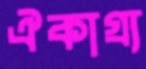
ঐকাগ্র্য